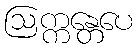
ဩက္ကန္တေပေ